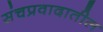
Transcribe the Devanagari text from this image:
संचप्रवादातील